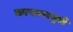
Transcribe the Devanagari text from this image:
कापल्यामुळे